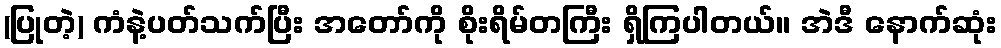
(ပြုတဲ့) ကံနဲ့ပတ်သက်ပြီး အတော်ကို စိုးရိမ်တကြီး ရှိကြပါတယ်။ အဲဒီ နောက်ဆုံး